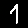
Digit: 1